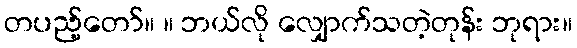
တပည့်တော်။ ။ ဘယ်လို လျှောက်သတဲ့တုန်း ဘုရား။